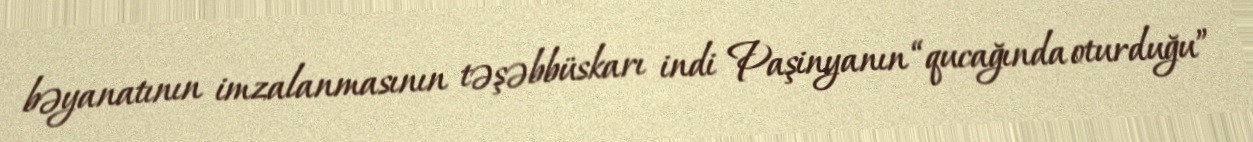
bəyanatının imzalanmasının təşəbbüskarı indi Paşinyanın “qucağında oturduğu”